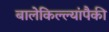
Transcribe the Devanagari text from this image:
बालेकिल्ल्यांपैकी